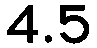
4.5